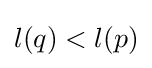
l(q)<l(p)